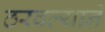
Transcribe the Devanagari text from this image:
ठरवल्याने